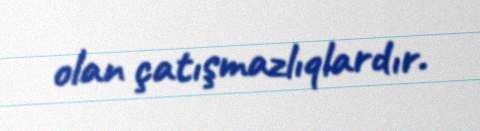
olan çatışmazlıqlardır.